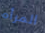
المرأه